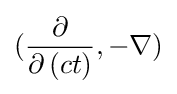
({\frac {\partial }{\partial \left(ct\right)}},-\nabla )